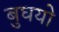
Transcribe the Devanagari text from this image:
बुघयो